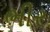
ભીર